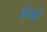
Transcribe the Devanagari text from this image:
बंगों